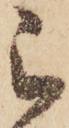
被